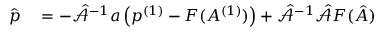
\begin{array} { r l } { \hat { \boldsymbol { p } } } & { { } = - \hat { \mathcal { A } } ^ { - 1 } \boldsymbol { a } \left( p ^ { ( 1 ) } - F ( A ^ { ( 1 ) } ) \right) + \hat { \mathcal { A } } ^ { - 1 } \hat { \mathcal { A } } \boldsymbol { F } ( \boldsymbol { \hat { A } } ) \, } \end{array}